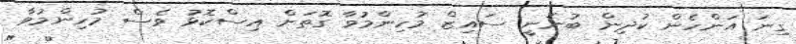
ގިނަ އަންހެން ކުދިން ބުނަނީ ސައިޒް މުހިންމުވާ ގޮތަށް އިސްކޮޅު ވެސް މުހިންމުވާ